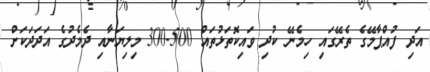
އަދި ފުއްޕާމޭގެ ތެރޭގައި ހިމެނޭ ކުދި ވައިކޮތަޅުތައް 500-300 މިލިޔަނާއި ދެމެދުގެ އަދަދަކަށް